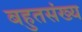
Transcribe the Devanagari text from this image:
बहुतसंख्य